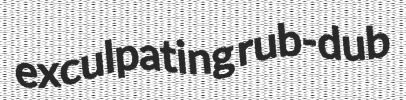
exculpating rub-dub